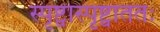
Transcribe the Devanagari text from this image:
स्पृष्ट्वास्पृष्ट्वाततः